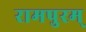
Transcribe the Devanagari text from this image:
रामपुरम्